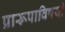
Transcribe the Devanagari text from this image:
प्रारूपाविषयी